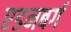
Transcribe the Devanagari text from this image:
एडनबर्ग